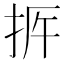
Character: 𢫳